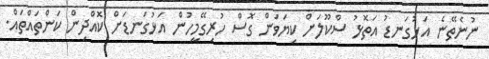
ނުނެތޭނެ އަޅުގަނޑު އަތޮޅު ސްކޫލަށް ކިޔަވަން ގޮސް ހުރިގޭމީހުން އަޅުގަނޑަށް ކޮއްދިން ކަންތައްތައް.